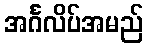
အင်္ဂလိပ်အမည်